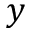
y